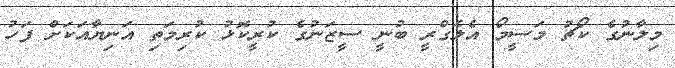
މިލާނުގެ ކޯޗު މަސީމޯ އެލެގްރީ ބުނީ ސީޒަނުގެ ކުރީކޮޅު ކުރިމަތި އަނިޔާއަކަށް ފަހު